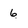
Character: 6